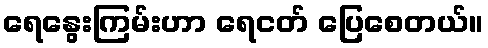
ရေနွေးကြမ်းဟာ ရေငတ် ပြေစေတယ်။